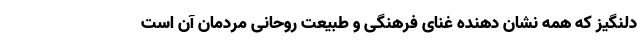
دلنگیز که همه نشان دهنده غنای فرهنگی و طبیعت روحانی مردمان آن است